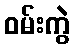
ဝမ်းကွဲ